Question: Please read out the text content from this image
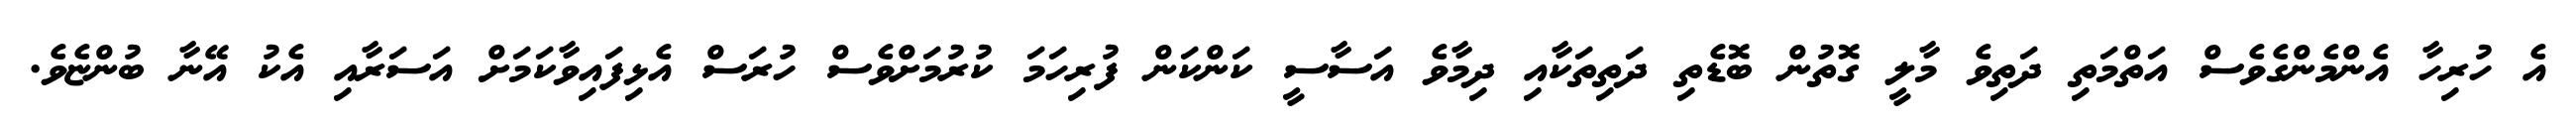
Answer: އެ ހުރިހާ އެންމެންގެވެސް އަތްމަތި ދަތިވެ މާލީ ގޮތުން ބޮޑެތި ދަތިތަކާއި ދިމާވެ އަސާސީ ކަންކަން ފުރިހަމަ ކުރުމަށްވެސް ހުރަސް އެޅިފައިވާކަމަށް އަސަރާއި އެކު އޭނާ ބުންޏެވެ.